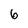
Character: 6